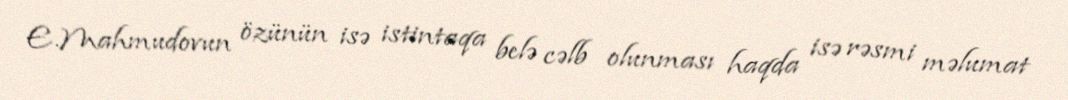
E.Mahmudovun özünün isə istintaqa belə cəlb olunması haqda isə rəsmi məlumat